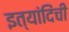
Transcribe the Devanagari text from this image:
इत्यांदिंची